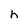
Character: h